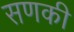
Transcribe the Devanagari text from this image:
सणकी